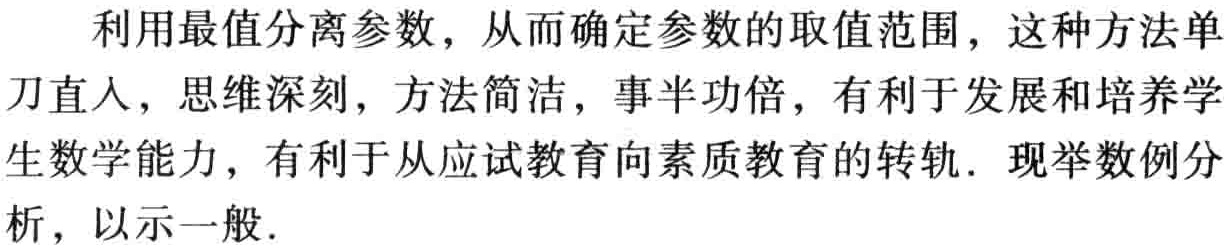
利用最值分离参数，从而确定参数的取值范围，这种方法单刀直入，思维深刻，方法简洁，事半功倍，有利于发展和培养学生数学能力，有利于从应试教育向素质教育的转轨. 现举数例分析，以示一般.